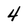
Character: 4